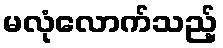
မလုံလောက်သည့်